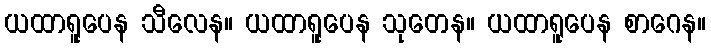
ယထာရူပေန သီလေန။ ယထာရူပေန သုတေန။ ယထာရူပေန စာဂေန။